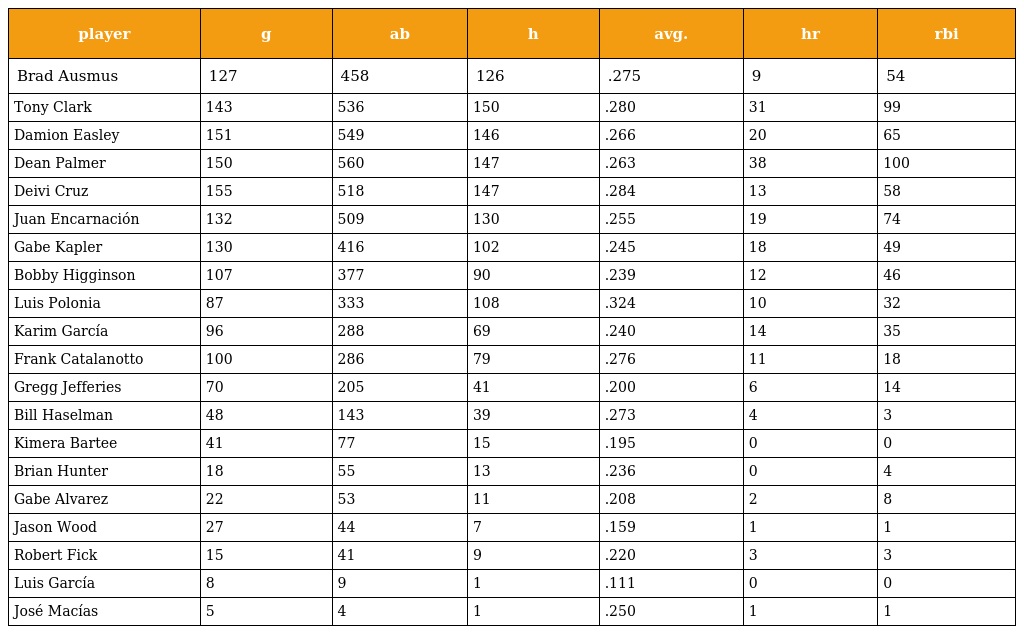
| player | g | ab | h | avg. | hr | rbi |
 | --- | --- | --- | --- | --- | --- | --- |
 | Brad Ausmus | 127 | 458 | 126 | .275 | 9 | 54 |
 | Tony Clark | 143 | 536 | 150 | .280 | 31 | 99 |
 | Damion Easley | 151 | 549 | 146 | .266 | 20 | 65 |
 | Dean Palmer | 150 | 560 | 147 | .263 | 38 | 100 |
 | Deivi Cruz | 155 | 518 | 147 | .284 | 13 | 58 |
 | Juan Encarnación | 132 | 509 | 130 | .255 | 19 | 74 |
 | Gabe Kapler | 130 | 416 | 102 | .245 | 18 | 49 |
 | Bobby Higginson | 107 | 377 | 90 | .239 | 12 | 46 |
 | Luis Polonia | 87 | 333 | 108 | .324 | 10 | 32 |
 | Karim García | 96 | 288 | 69 | .240 | 14 | 35 |
 | Frank Catalanotto | 100 | 286 | 79 | .276 | 11 | 18 |
 | Gregg Jefferies | 70 | 205 | 41 | .200 | 6 | 14 |
 | Bill Haselman | 48 | 143 | 39 | .273 | 4 | 3 |
 | Kimera Bartee | 41 | 77 | 15 | .195 | 0 | 0 |
 | Brian Hunter | 18 | 55 | 13 | .236 | 0 | 4 |
 | Gabe Alvarez | 22 | 53 | 11 | .208 | 2 | 8 |
 | Jason Wood | 27 | 44 | 7 | .159 | 1 | 1 |
 | Robert Fick | 15 | 41 | 9 | .220 | 3 | 3 |
 | Luis García | 8 | 9 | 1 | .111 | 0 | 0 |
 | José Macías | 5 | 4 | 1 | .250 | 1 | 1 |